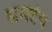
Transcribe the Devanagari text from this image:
समदंच